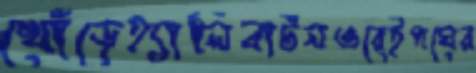
খোঁড়েহ্যালিবার্টনওরেইপঘের